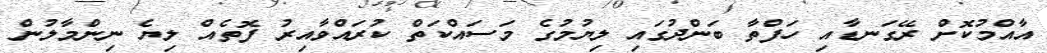
އާއްމުކޮށް ރޭގަނޑާއި ހަފްތާ ބަންދުގައި ލިޔުމުގެ މަސައްކަތް ކުރައްވާއިރު ފޮތެއް ލިޔެ ނިންމާލުން